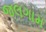
જલગામ